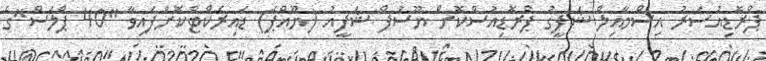
ޕްރޮޑިއުސަރު އިސްމާއިލް ޝަފީގު ޕްރޮޑިއުސްކޮށް ޔޫސުފް ޝަފީއު (ޔޫއްޕެ) ޑައިރެކްޓްކޮށްފައިވާ "40 ޕްލަސް"ގެ